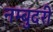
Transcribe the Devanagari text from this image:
नम्बुदरी